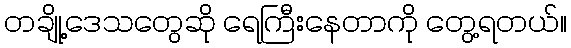
တချို့ဒေသတွေဆို ရေကြီးနေတာကို တွေ့ရတယ်။